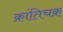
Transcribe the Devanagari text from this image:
क्रांतिचक्र